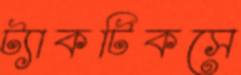
ট্যাকটিকসে